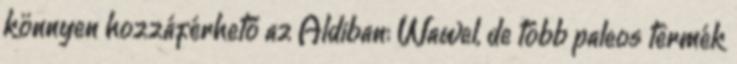
könnyen hozzáférhető az Aldiban: Wawel, de több paleos termék